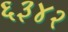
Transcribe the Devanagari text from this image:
६३४२